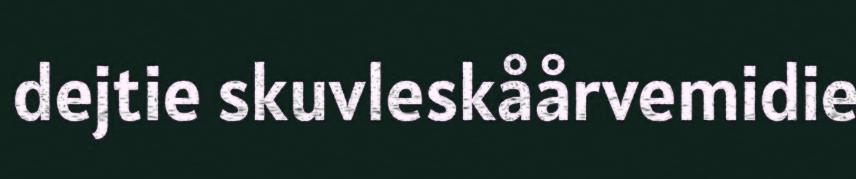
dejtie skuvleskåårvemidie